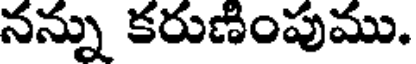
నన్ను కరుణింపుము.